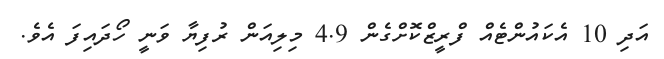
އަދި 10 އެކައުންޓެއް ފްރީޒްކޮށްގެން 4.9 މިލިއަން ރުފިޔާ ވަނީ ހޯދައިފަ އެވެ.